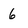
Character: 6